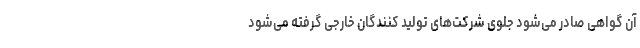
آن گواهی صادر می‌شود جلوی شرکت‌های تولید کنندگان خارجی گرفته می‌شود